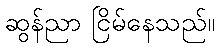
ဆွန်ညာ ငြိမ်နေသည်။